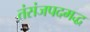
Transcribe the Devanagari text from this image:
तंसंजपदमद्ध